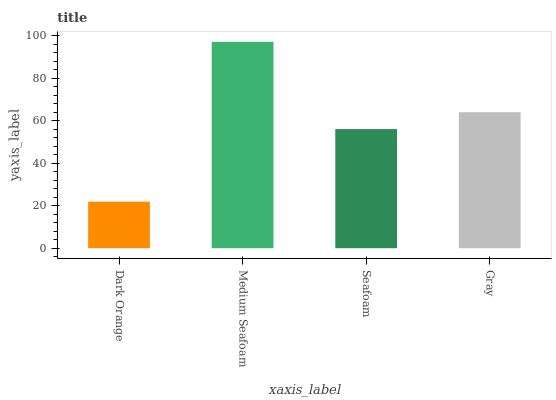
| xaxis_label | bars |
 | --- | --- |
 | Dark Orange | 21.9 |
 | Medium Seafoam | 97.1 |
 | Seafoam | 56 |
 | Gray | 64 |